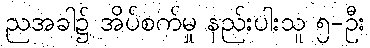
ညအခါ၌ အိပ်စက်မှု နည်းပါးသူ ၅-ဦး